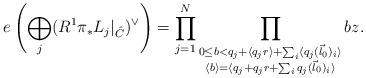
LaTeX: \begin{align*}e\left( \bigoplus_j (R^1\pi_*L_j |_{\hat C})^\vee\right)=\prod_{j=1}^N \prod_{\substack{0\leq b<q_j+\langle q_j r \rangle+\sum_i\langle q_j(\vec l_0)_i \rangle \\ \langle b \rangle = \langle q_j+q_j r+\sum_i q_j(\vec l_0)_i \rangle}}bz.\end{align*}